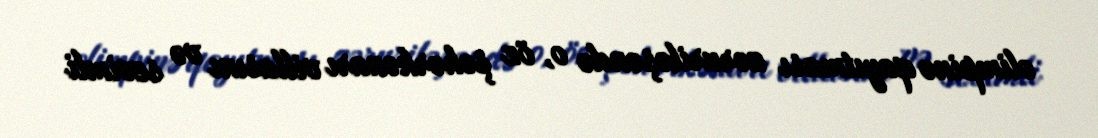
olimpinə qayıtması zəruriləşəndə o, öz şəhərkənarı villasını və sevimli